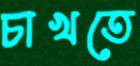
চাখতে